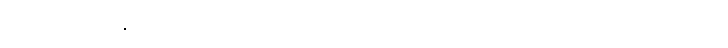
ဆိုအပ်ပြီ။ ကိန္တိ၊ အဘယ်သို့လျှင်။ ပညာပေတိ၊ အပြားတို့ဖြင့် သိစေတတ်သနည်း။ ဣတိ၊